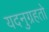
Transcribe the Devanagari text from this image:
यदनुग्रहतो